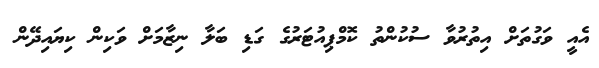
އެއީ ވަގުތަށް އިތުރުވާ ސުކުންތު ކޮމްޕިއުޓަރުގެ ގަޑި ބަލާ ނިޒާމަށް ވަކިން ކިޔައިދޭން